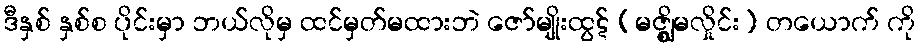
ဒီနှစ် နှစ်စ ပိုင်းမှာ ဘယ်လိုမှ ထင်မှတ်မထားဘဲ ဇော်မျိုးထွဋ် (မဇ္စ္ဈိမလှိုင်း) တယောက် ကို